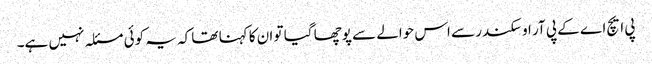
پی ایچ اے کے پی آر او سکندر سے اس حوالے سے پوچھا گیا تو ان کا کہنا تھا کہ یہ کوئی مسئلہ نہیں ہے۔